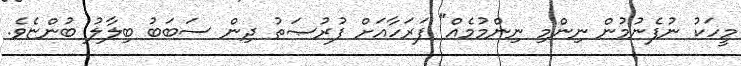
މީހަކު ނުފެނުމުން ނިންމި ނިންމުމެއް" ފަރަހާއަށް ފުރުޞަތު ދިން ސަބަބު ބިލާލު ބުންޏެވެ.